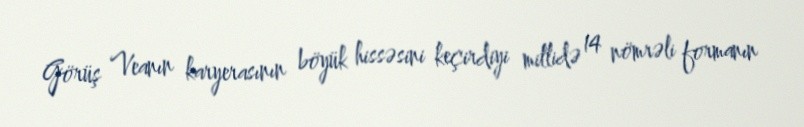
Görüş Veanın karyerasının böyük hissəsini keçirdiyi millidə 14 nömrəli formanın